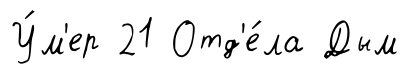
У́м'ер 21 Отд'е́ла Дым